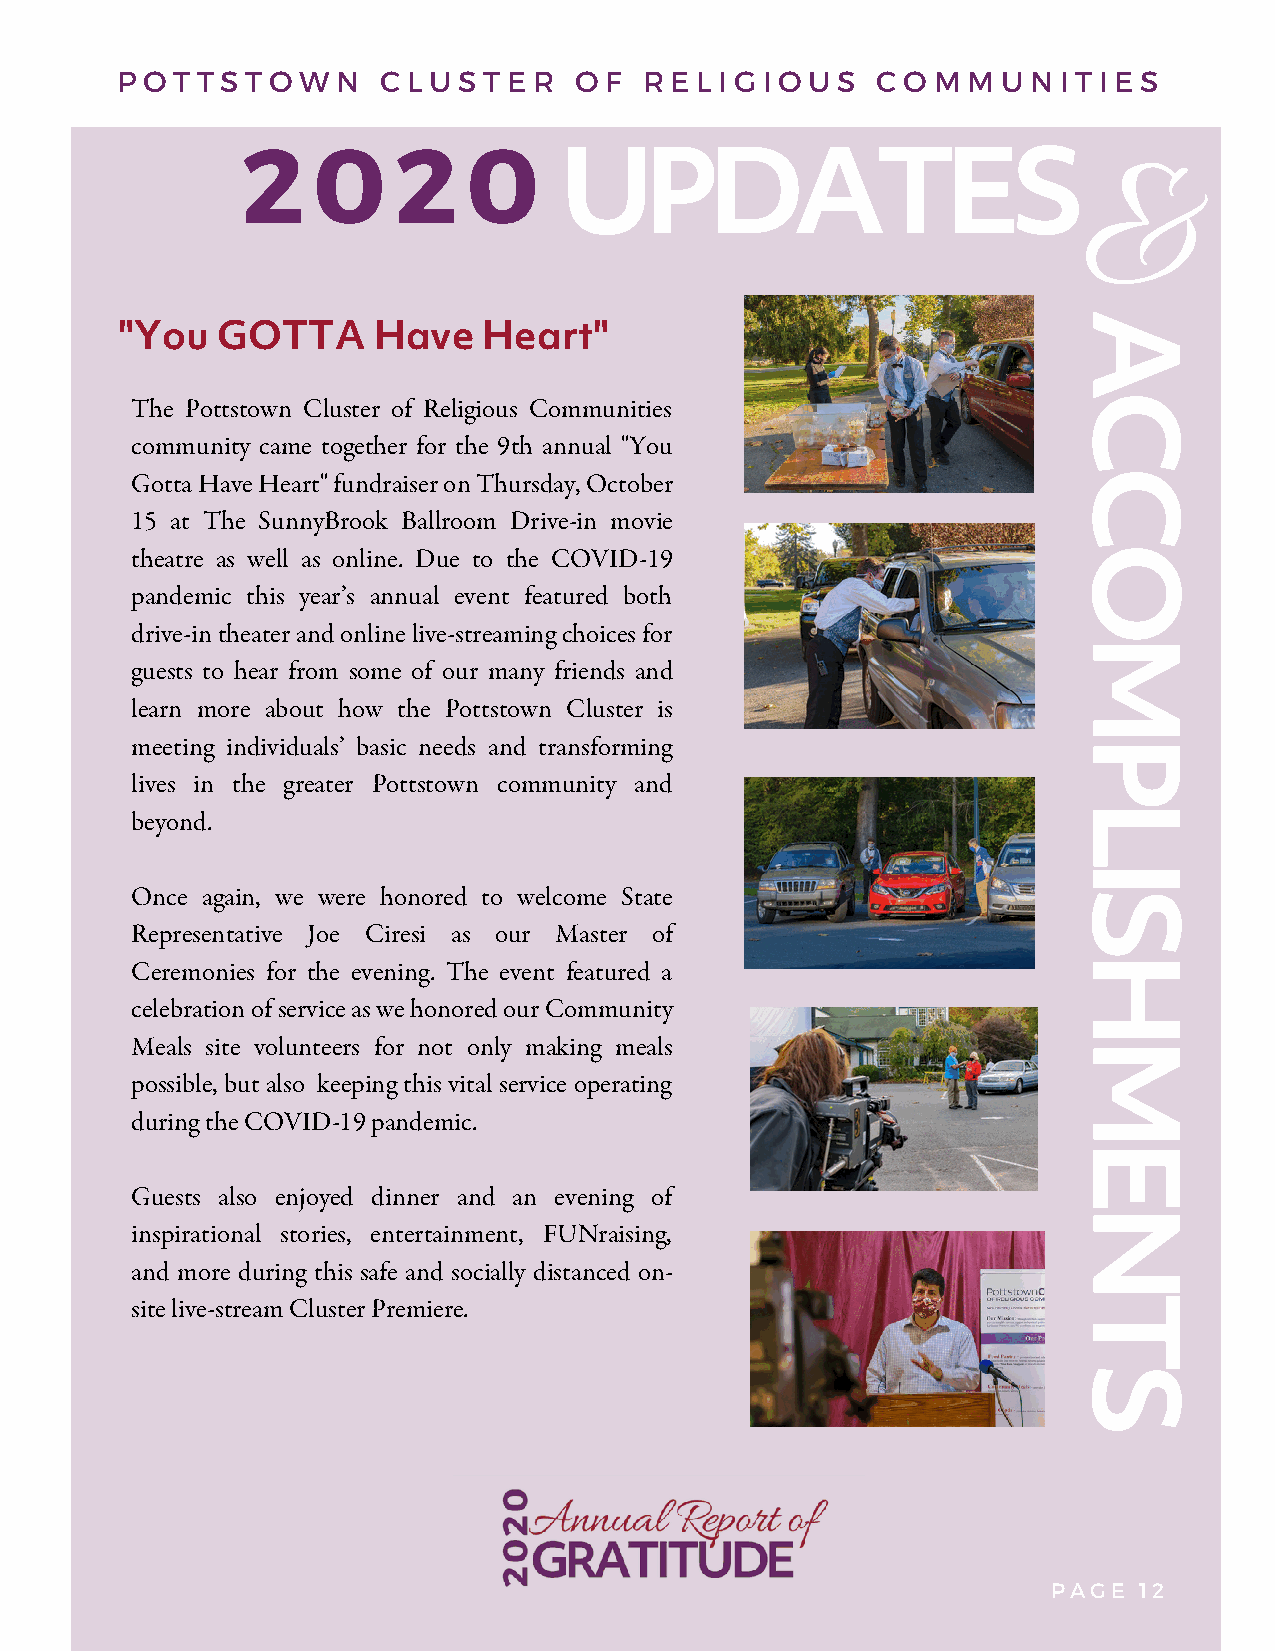
P O T T S T O W N C L U S T E R O F R E L I G I O U S C O M M U N I T I E S
 2    0    2    0
 UPDATES
 &
 A
 "You  GOTTA      Have   Heart"
 C
 The Pottstown Cluster of Religious Communities
 community came together for the 9th annual "You
 Gotta Have Heart" fundraiser on Thursday, October            C
 15 at The SunnyBrook Ballroom Drive-in movie
 theatre as well as online. Due to the COVID-19               O
 pandemic this year’s annual event featured both
 drive-in theater and online live-streaming choices for
 M
 guests to hear from some of our many friends and
 learn more about how the Pottstown Cluster is
 meeting individuals’ basic needs and transforming            P
 lives in the greater Pottstown community and
 L
 beyond.
 I
 Once again, we were honored to welcome State                 S
 Representative Joe Ciresi as our Master of
 H
 Ceremonies for the evening. The event featured a
 celebration of service as we honored our Community
 Meals site volunteers for not only making meals              M
 possible, but also keeping this vital service operating
 during the COVID-19 pandemic.
 E
 Guests also enjoyed dinner and an evening of
 N
 inspirational stories, entertainment, FUNraising,
 and more during this safe and socially distanced on-
 site live-stream Cluster Premiere.                           T
 S
 PAGE 12